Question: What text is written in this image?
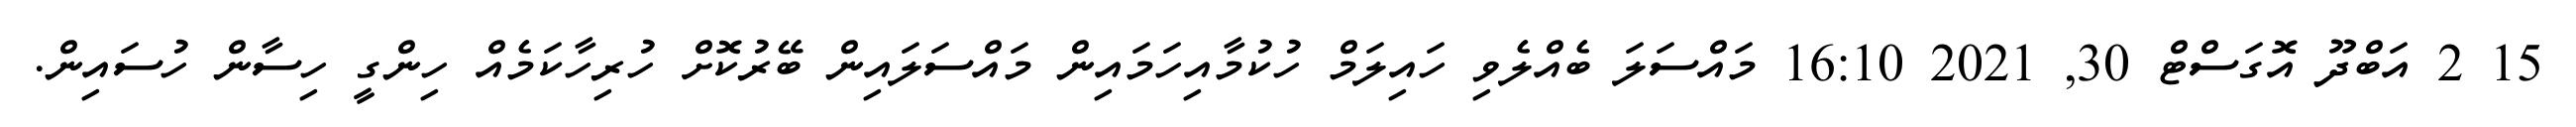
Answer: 15 2 އަބްދޫ އޮގަސްޓް 30, 2021 16:10 މައްސަލަ ބެއްލެވި ހައިލަމް ހުކުމާއިހަމައިން މައްސަލައިން ބޭރުކޮށް ހުރިހާކަމެއް ހިންގީ ހިސާން ހުސައިން.